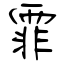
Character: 霏